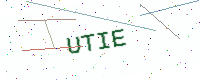
Text: UTIE